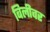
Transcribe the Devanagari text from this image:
बिलीवर